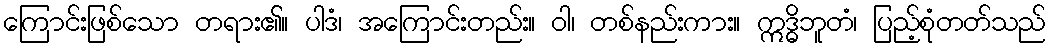
ကြောင်းဖြစ်သော တရား၏။ ပါဒံ၊ အကြောင်းတည်း။ ဝါ၊ တစ်နည်းကား။ ဣဒ္ဓိဘူတံ၊ ပြည့်စုံတတ်သည်